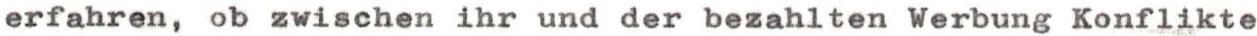
erfahren, ob zwischen ihr und der bezahlten Werbung Konflikte